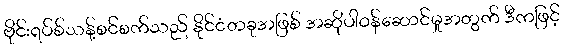
ဗိုင်းရပ်စ်သန့်စင်စက်သည် နိုင်ငံတခုအဖြစ် အဆိုပါဝန်ဆောင်မှုအတွက် ဒီကဖြင့်